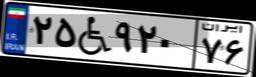
۲۵W۹۲۰۷۶